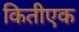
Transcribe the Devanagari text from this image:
कितीएक